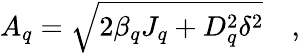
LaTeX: A_{q}=\sqrt{2\beta_{q}J_{q}+D_{q}^{2}\delta^{2}}\quad,